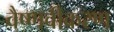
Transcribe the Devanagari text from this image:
वैष्णवीकरण